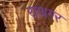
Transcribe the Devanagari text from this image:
राथगर